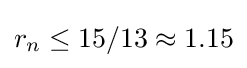
r_{n}\leq 15/13\approx 1.15